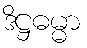
ဒိဋ္ဌဓမ္မာ